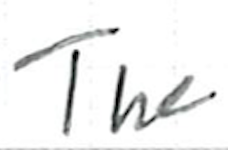
Text: The
Cross-out: clean
Writing tool: ballpoint